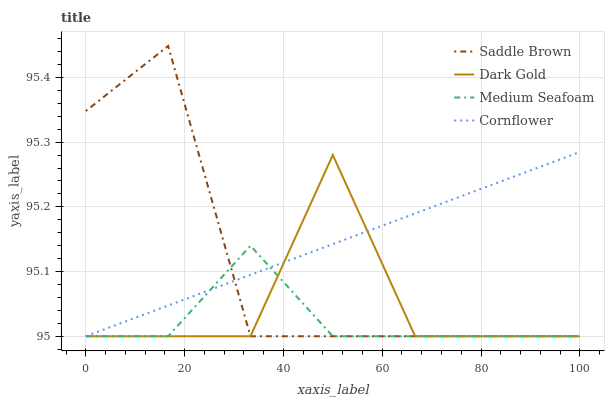
| xaxis_label | Saddle Brown | Dark Gold | Medium Seafoam | Cornflower |
 | --- | --- | --- | --- | --- |
 | 0 | 95.3 | 95 | 95 | 95 |
 | 16.7 | 95.4 | 95 | 95 | 95 |
 | 33.3 | 95 | 95 | 95.1 | 95.1 |
 | 50 | 95 | 95.3 | 95 | 95.1 |
 | 66.7 | 95 | 95 | 95 | 95.2 |
 | 83.3 | 95 | 95 | 95 | 95.2 |
 | 100 | 95 | 95 | 95 | 95.3 |